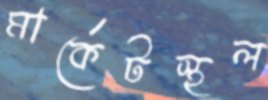
মার্কেটস্থল